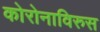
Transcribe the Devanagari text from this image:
कोरोनाविरुस